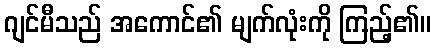
ဂျင်မီသည် အကောင်၏ မျက်လုံးကို ကြည့်၏။